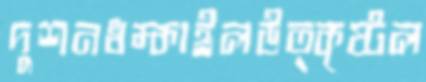
দুশনধম্‌কাইলউত্কৃষ্টল